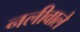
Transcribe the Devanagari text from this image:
नलीवाले